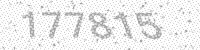
Solution: 177815